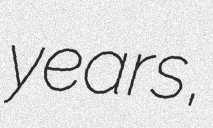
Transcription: years,